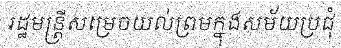
រដ្ឋមន្ត្រីសម្រេចយល់ព្រមក្នុងសម័យប្រជុំ